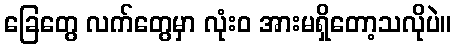
ခြေတွေ လက်တွေမှာ လုံးဝ အားမရှိတော့သလိုပဲ။